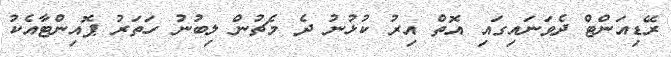
ރޭޑިއަންޓް ދެވަނައިގައި އޮތް އިރު ކުޅުނު ދެ މެޗުން ލިބުނު ހަތަރު ޕޮއިންޓާއެކު